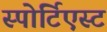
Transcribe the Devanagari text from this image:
स्पोर्टिएस्ट